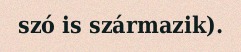
szó is származik).